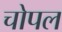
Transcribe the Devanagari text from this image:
चोपल